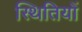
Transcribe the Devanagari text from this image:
स्‍थितियों